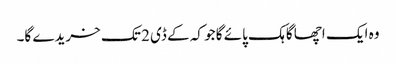
وہ ایک اچھا گاہک پائے گا جو کہ کے ڈی 2 تک خریدے گا۔